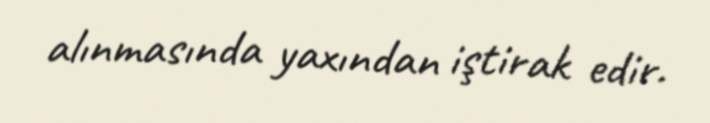
alınmasında yaxından iştirak edir.